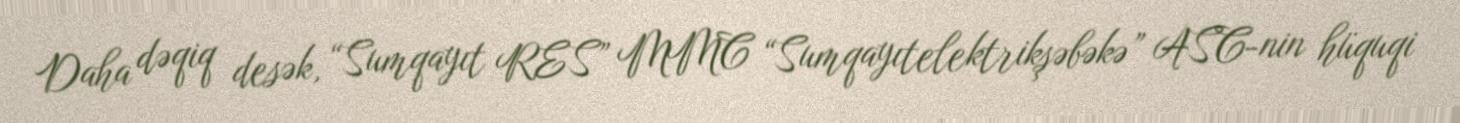
Daha dəqiq desək, “Sumqayıt RES” MMC “Sumqayıtelektrikşəbəkə” ASC-nin hüquqi